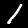
Label: 1